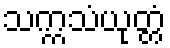
သက္ကသံယုတ္တံ